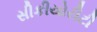
સીકીયોરીટી